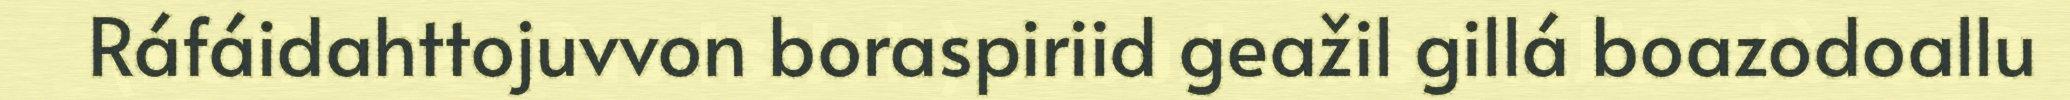
Ráfáidahttojuvvon boraspiriid geažil gillá boazodoallu